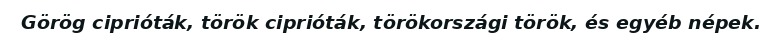
Görög ciprióták, török ciprióták, törökországi török, és egyéb népek.